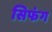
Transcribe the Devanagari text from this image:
सिफंग